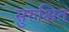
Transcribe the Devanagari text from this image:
सुरुक्षित